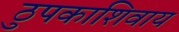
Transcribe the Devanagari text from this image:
ठुपकाशिवाय